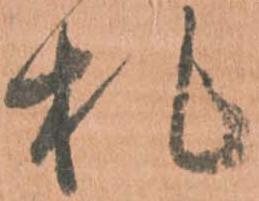
札